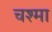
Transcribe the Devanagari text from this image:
चश्‍मा